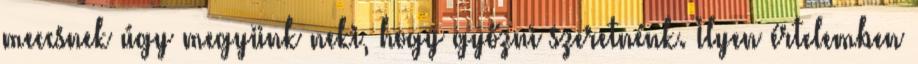
meccsnek úgy megyünk neki, hogy győzni szeretnénk. Ilyen értelemben